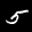
Label: 5